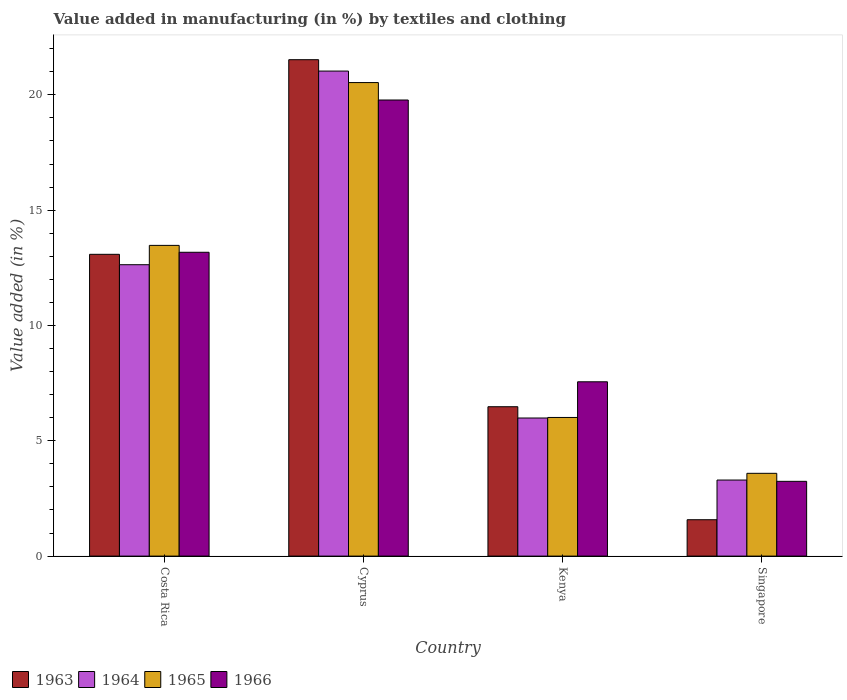
| Country | 1963 | 1964 | 1965 | 1966 |
 | --- | --- | --- | --- | --- |
 | Costa Rica | 13.1 | 12.6 | 13.5 | 13.2 |
 | Cyprus | 21.5 | 21 | 20.5 | 19.8 |
 | Kenya | 6.48 | 5.99 | 6.01 | 7.56 |
 | Singapore | 1.58 | 3.3 | 3.59 | 3.24 |